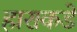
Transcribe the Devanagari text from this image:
हाराकडे